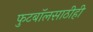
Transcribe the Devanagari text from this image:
फुटबॉलसाठीही